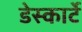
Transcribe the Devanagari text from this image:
डेस्कार्टे